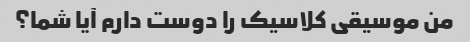
من موسیقی کلاسیک را دوست دارم آیا شما؟